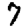
Digit: 7